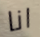
انا